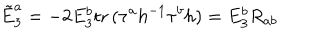
\tilde { E } _ { 3 } ^ { a } = - 2 E _ { 3 } ^ { b } \mathrm { t r } \, ( \tau ^ { a } h ^ { - 1 } \tau ^ { b } h ) = E _ { 3 } ^ { b } R _ { a b } \,